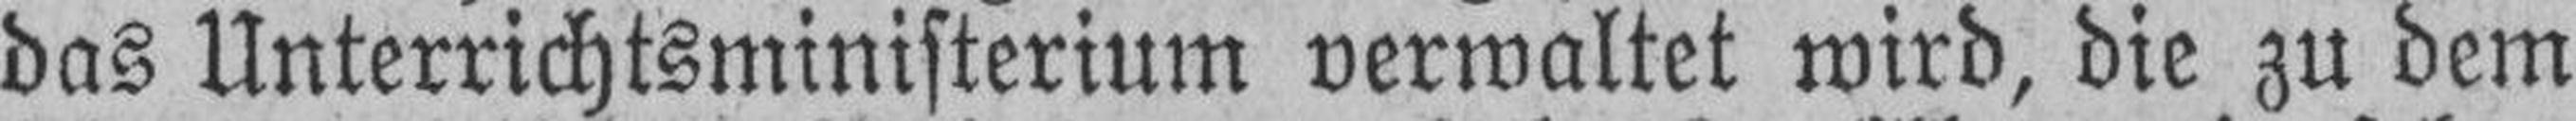
das Unterrichtsministerium verwaltet wird, die zu dem